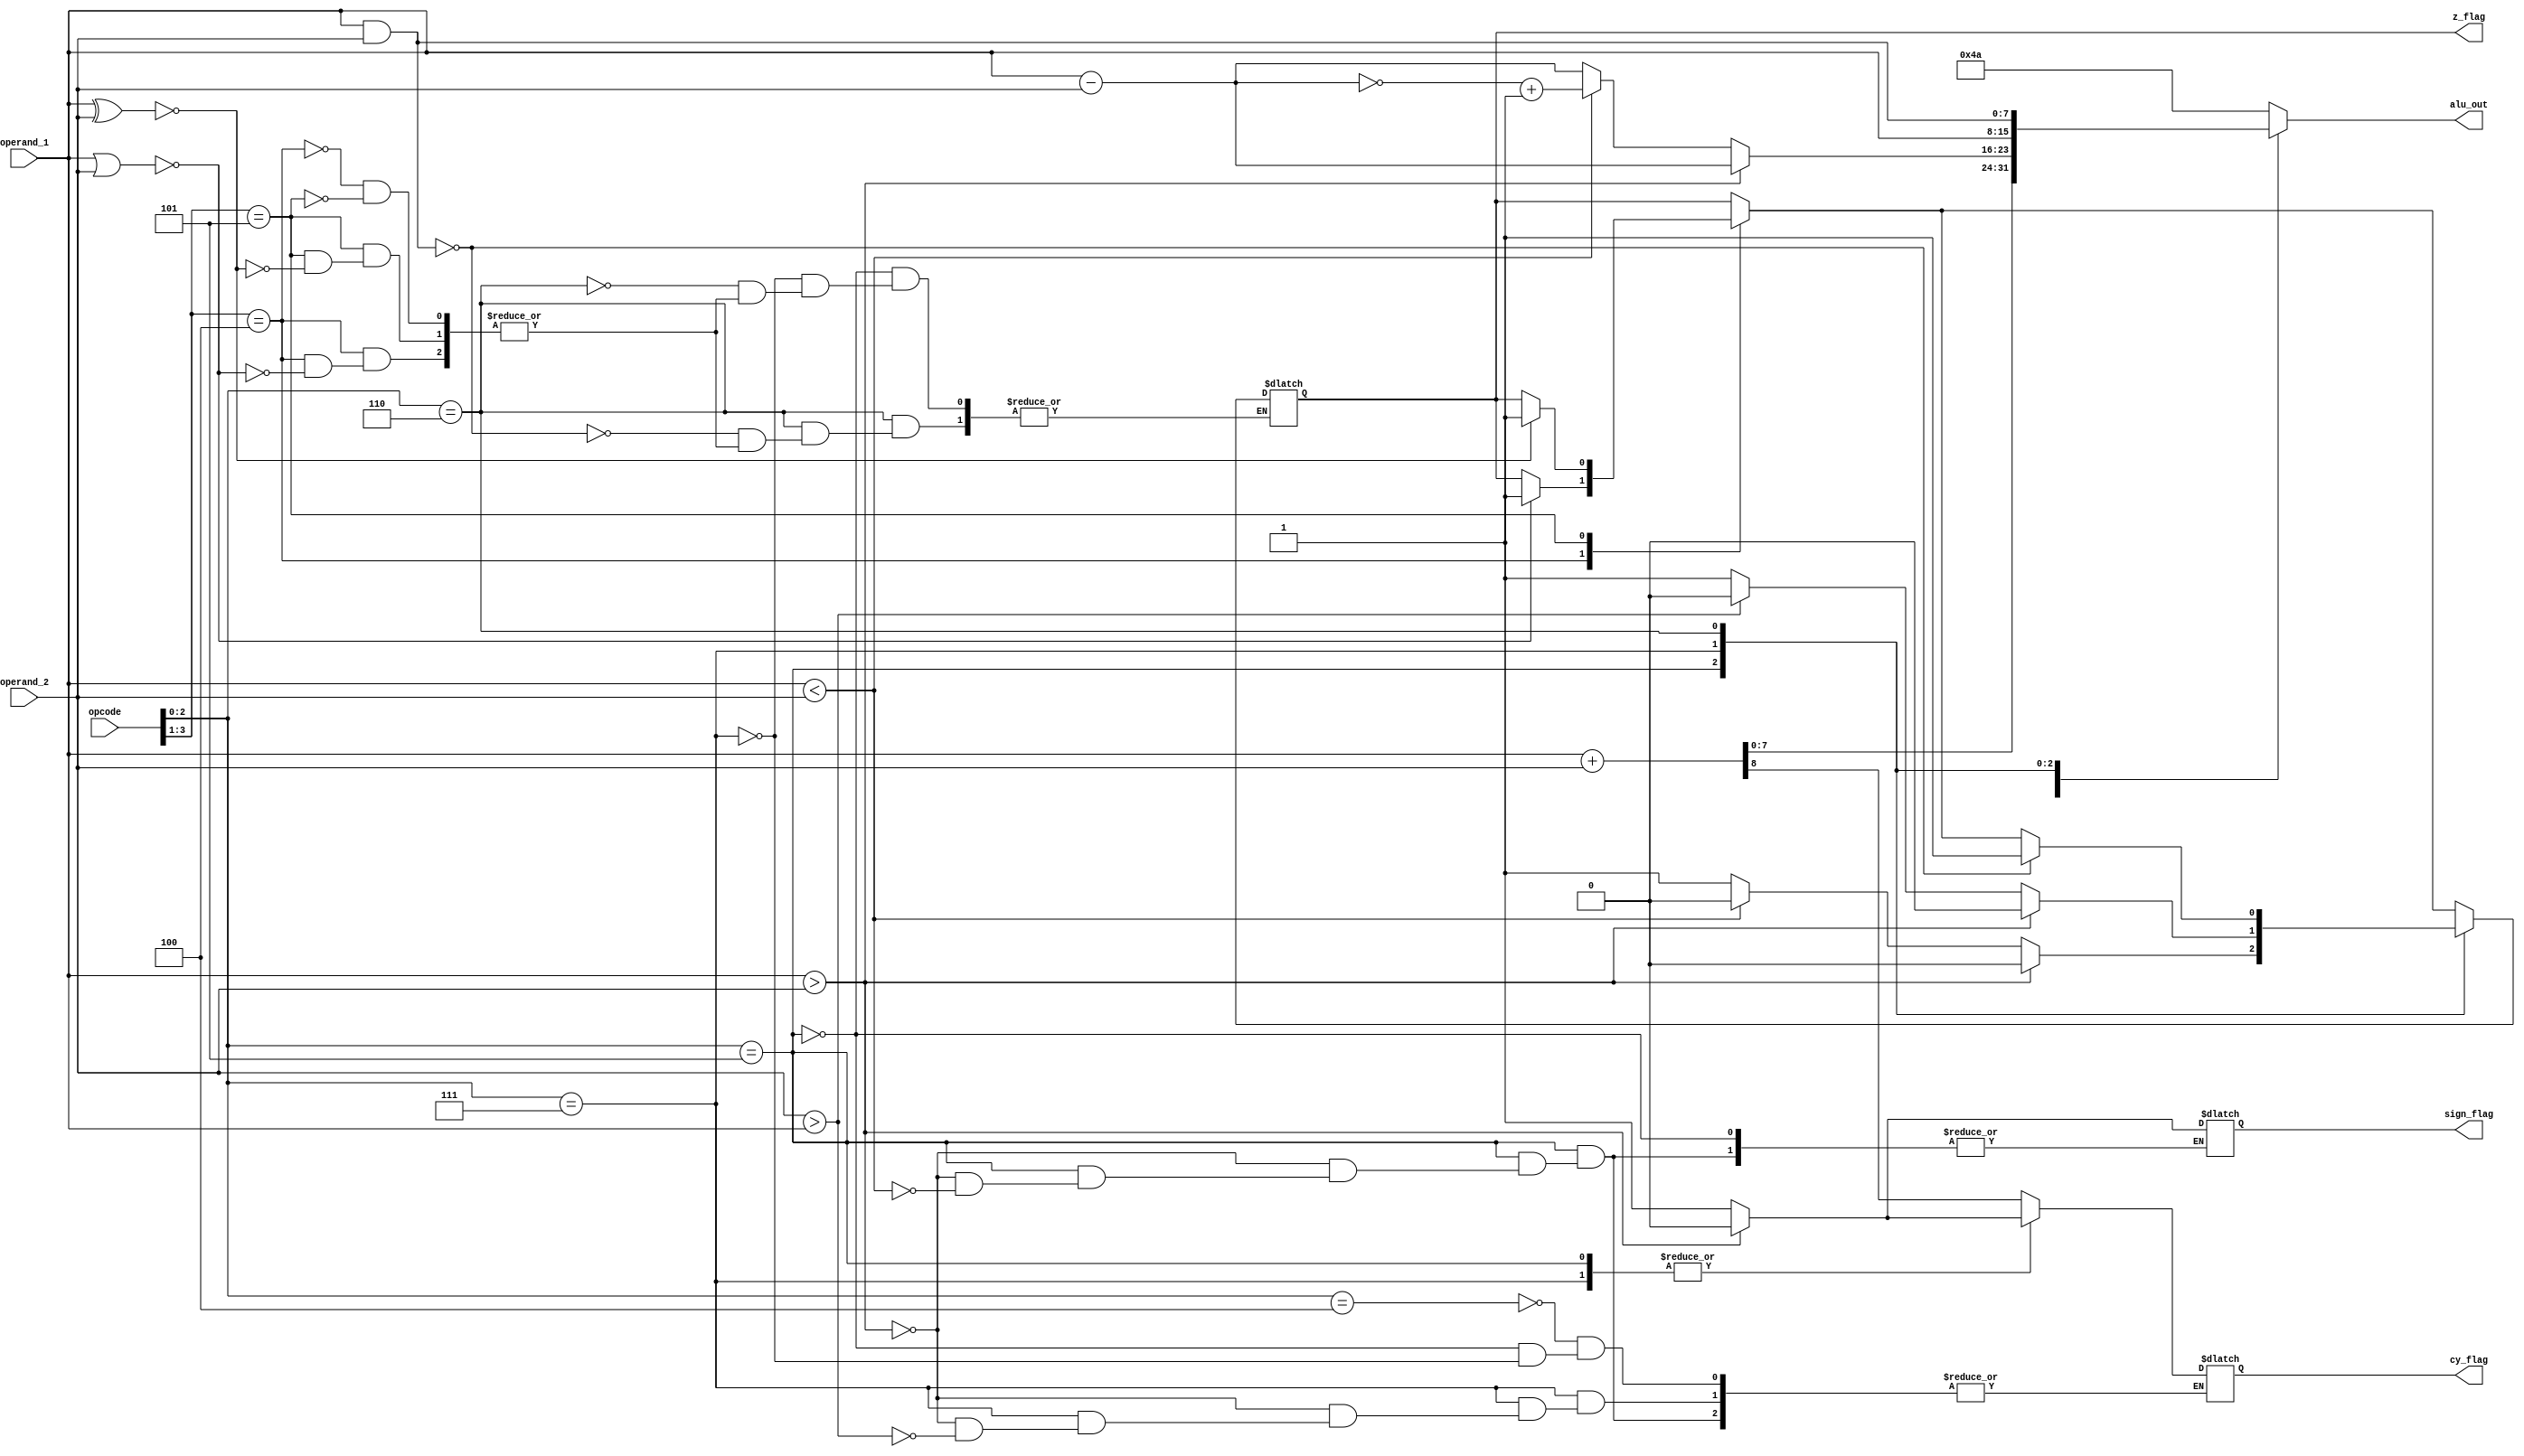
module ALU(input [7:0] operand_1,
            input [7:0] operand_2,
            input [3:0] opcode, 
            output z_flag,
            output cy_flag,
            output sign_flag,
            output reg [7:0] alu_out);
  
  reg z_flag_w = 1'bz;
  reg cy_flag_w = 1'bz;
  reg sign_flag_w = 1'bz;
  reg [8:0] result;
  
  always @(operand_1 or operand_2 or opcode) begin
        
        case(opcode[3:1])
        3'b100 : begin 
          result[7:0] = operand_1 | operand_2;
                 if(result[7:0] == 8'b00000000)begin
                    z_flag_w = 1'b1;
                end
            end
        3'b101 :begin 
          result[7:0] = operand_1 ^ operand_2;
          if(result[7:0] == 8'b00000000)begin
                    z_flag_w = 1'b1;
                end
            end
          default : result[7:0] = operand_1;
    endcase
    
    case (opcode[2:0])
            3'b100 :begin
              result = (operand_1 + operand_2);
              cy_flag_w =result[8] ;
            end
            3'b101 :begin
              result[7:0]  = (operand_1 - operand_2);
                 if (operand_1 > operand_2)begin
                    sign_flag_w = 1'b0;
                    z_flag_w = 1'b0;
                    cy_flag_w = 1'b0;
                 end
                 else if(operand_1<operand_2)begin
                   result[7:0] = ~result[7:0];
                   result[7:0] = result[7:0]+1;
                    sign_flag_w = 1'b1;
                    z_flag_w = 1'b0;
                   cy_flag_w = 1'b1;
                 end
                 else begin
                    z_flag_w = 1'b1;
                 end                 
                 
            end
            3'b111 : begin
              result[7:0]  = operand_1;
                if (operand_1 > operand_2)begin
                    cy_flag_w = 1'b0;
                    z_flag_w = 1'b0;
                 end
              else if(operand_2>operand_1)begin
                    cy_flag_w = 1'b1;
                    z_flag_w = 1'b0;
                 end
                 else begin
                    z_flag_w = 1'b1;
                 end  
            end
            3'b110 :begin 
              result[7:0] = operand_1 & operand_2;
              if(result[7:0] == 8'b00000000)begin
                    z_flag_w = 1'b1;
                end
            end
            default : result[7:0] = 8'b01001010;
        endcase
    end
  assign alu_out = result[7:0];
  assign cy_flag = cy_flag_w;
  assign z_flag = z_flag_w;
  assign sign_flag = sign_flag_w;
endmodule